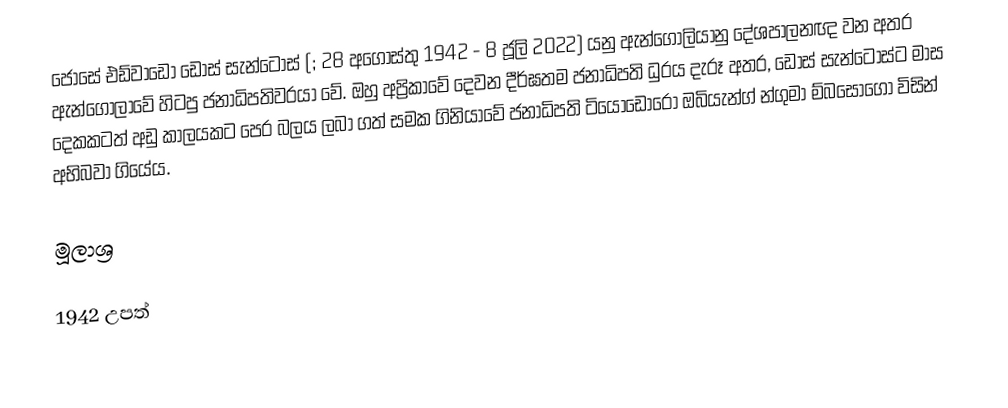
ජොසේ එඩ්වාඩෝ ඩොස් සැන්ටොස්  (; 28 අගෝස්තු 1942 - 8 ජූලි 2022) යනු ඇන්ගෝලියානු දේශපාලනඥ වන අතර ඇන්ගෝලාවේ හිටපු ජනාධිපතිවරයා වේ. ඔහු අප්‍රිකාවේ දෙවන දීර්ඝතම ජනාධිපති ධුරය දැරූ අතර, ඩොස් සැන්ටොස්ට මාස දෙකකටත් අඩු කාලයකට පෙර බලය ලබා ගත් සමක ගිනියාවේ ජනාධිපති ටියෝඩෝරෝ ඔබියැන්ග් න්ගුමා ම්බසෝගෝ විසින් අභිබවා ගියේය.

මූලාශ්‍ර

1942 උපත්